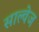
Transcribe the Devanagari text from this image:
साल्वेज